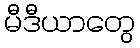
မီဒီယာတွေ